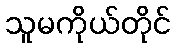
သူမကိုယ်တိုင်